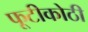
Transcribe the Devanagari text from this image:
फूटीकोठी